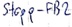
Text: Stopp_FB2